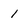
Character: 1